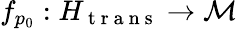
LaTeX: f_{p_{0}}:H_{\mathrm{~t~r~a~n~s~}}\to\mathcal{M}